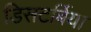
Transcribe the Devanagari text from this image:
डिसटर्बिया